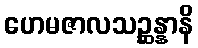
ဟေမဇာလသဉ္ဆန္နာနိ